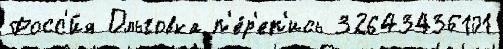
Росс'и́я Ольговка п'е́р'еп'ись 32643436101